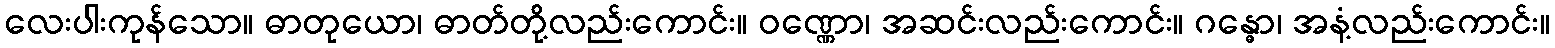
လေးပါးကုန်သော။ ဓာတုယော၊ ဓာတ်တို့လည်းကောင်း။ ဝဏ္ဏော၊ အဆင်းလည်းကောင်း။ ဂန္ဓော၊ အနံ့လည်းကောင်း။